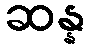
ဆန္န